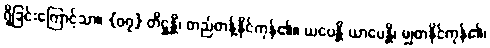
ရှိခြင်းကြောင့်သာ။ {၀၇} တိဋ္ဌန္တိ၊ တည်တန့်နိုင်ကုန်၏။ ယပေန္တိ ယာပေန္တိ၊ မျှတနိုင်ကုန်၏၊